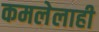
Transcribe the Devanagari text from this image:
कमलेलाही